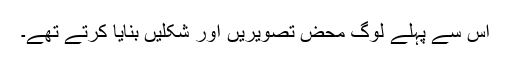
اس سے پہلے لوگ محض تصویریں اور شکلیں بنایا کرتے تھے۔